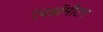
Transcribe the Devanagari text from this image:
एक्झॅमीटर